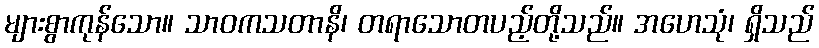
များစွာကုန်သော။ သာဝကသတာနိ၊ တရာသောတပည့်တို့သည်။ အဟေသုံ၊ ရှိသည်